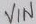
Text: VIN